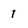
Character: 1